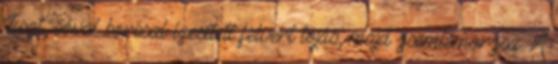
Liszt, sóval borssal ízesített felvert tojás, majd zsemlemorzsa. A